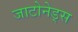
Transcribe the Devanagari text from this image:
जाटोनेड्स